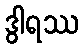
ဒွါရဿ